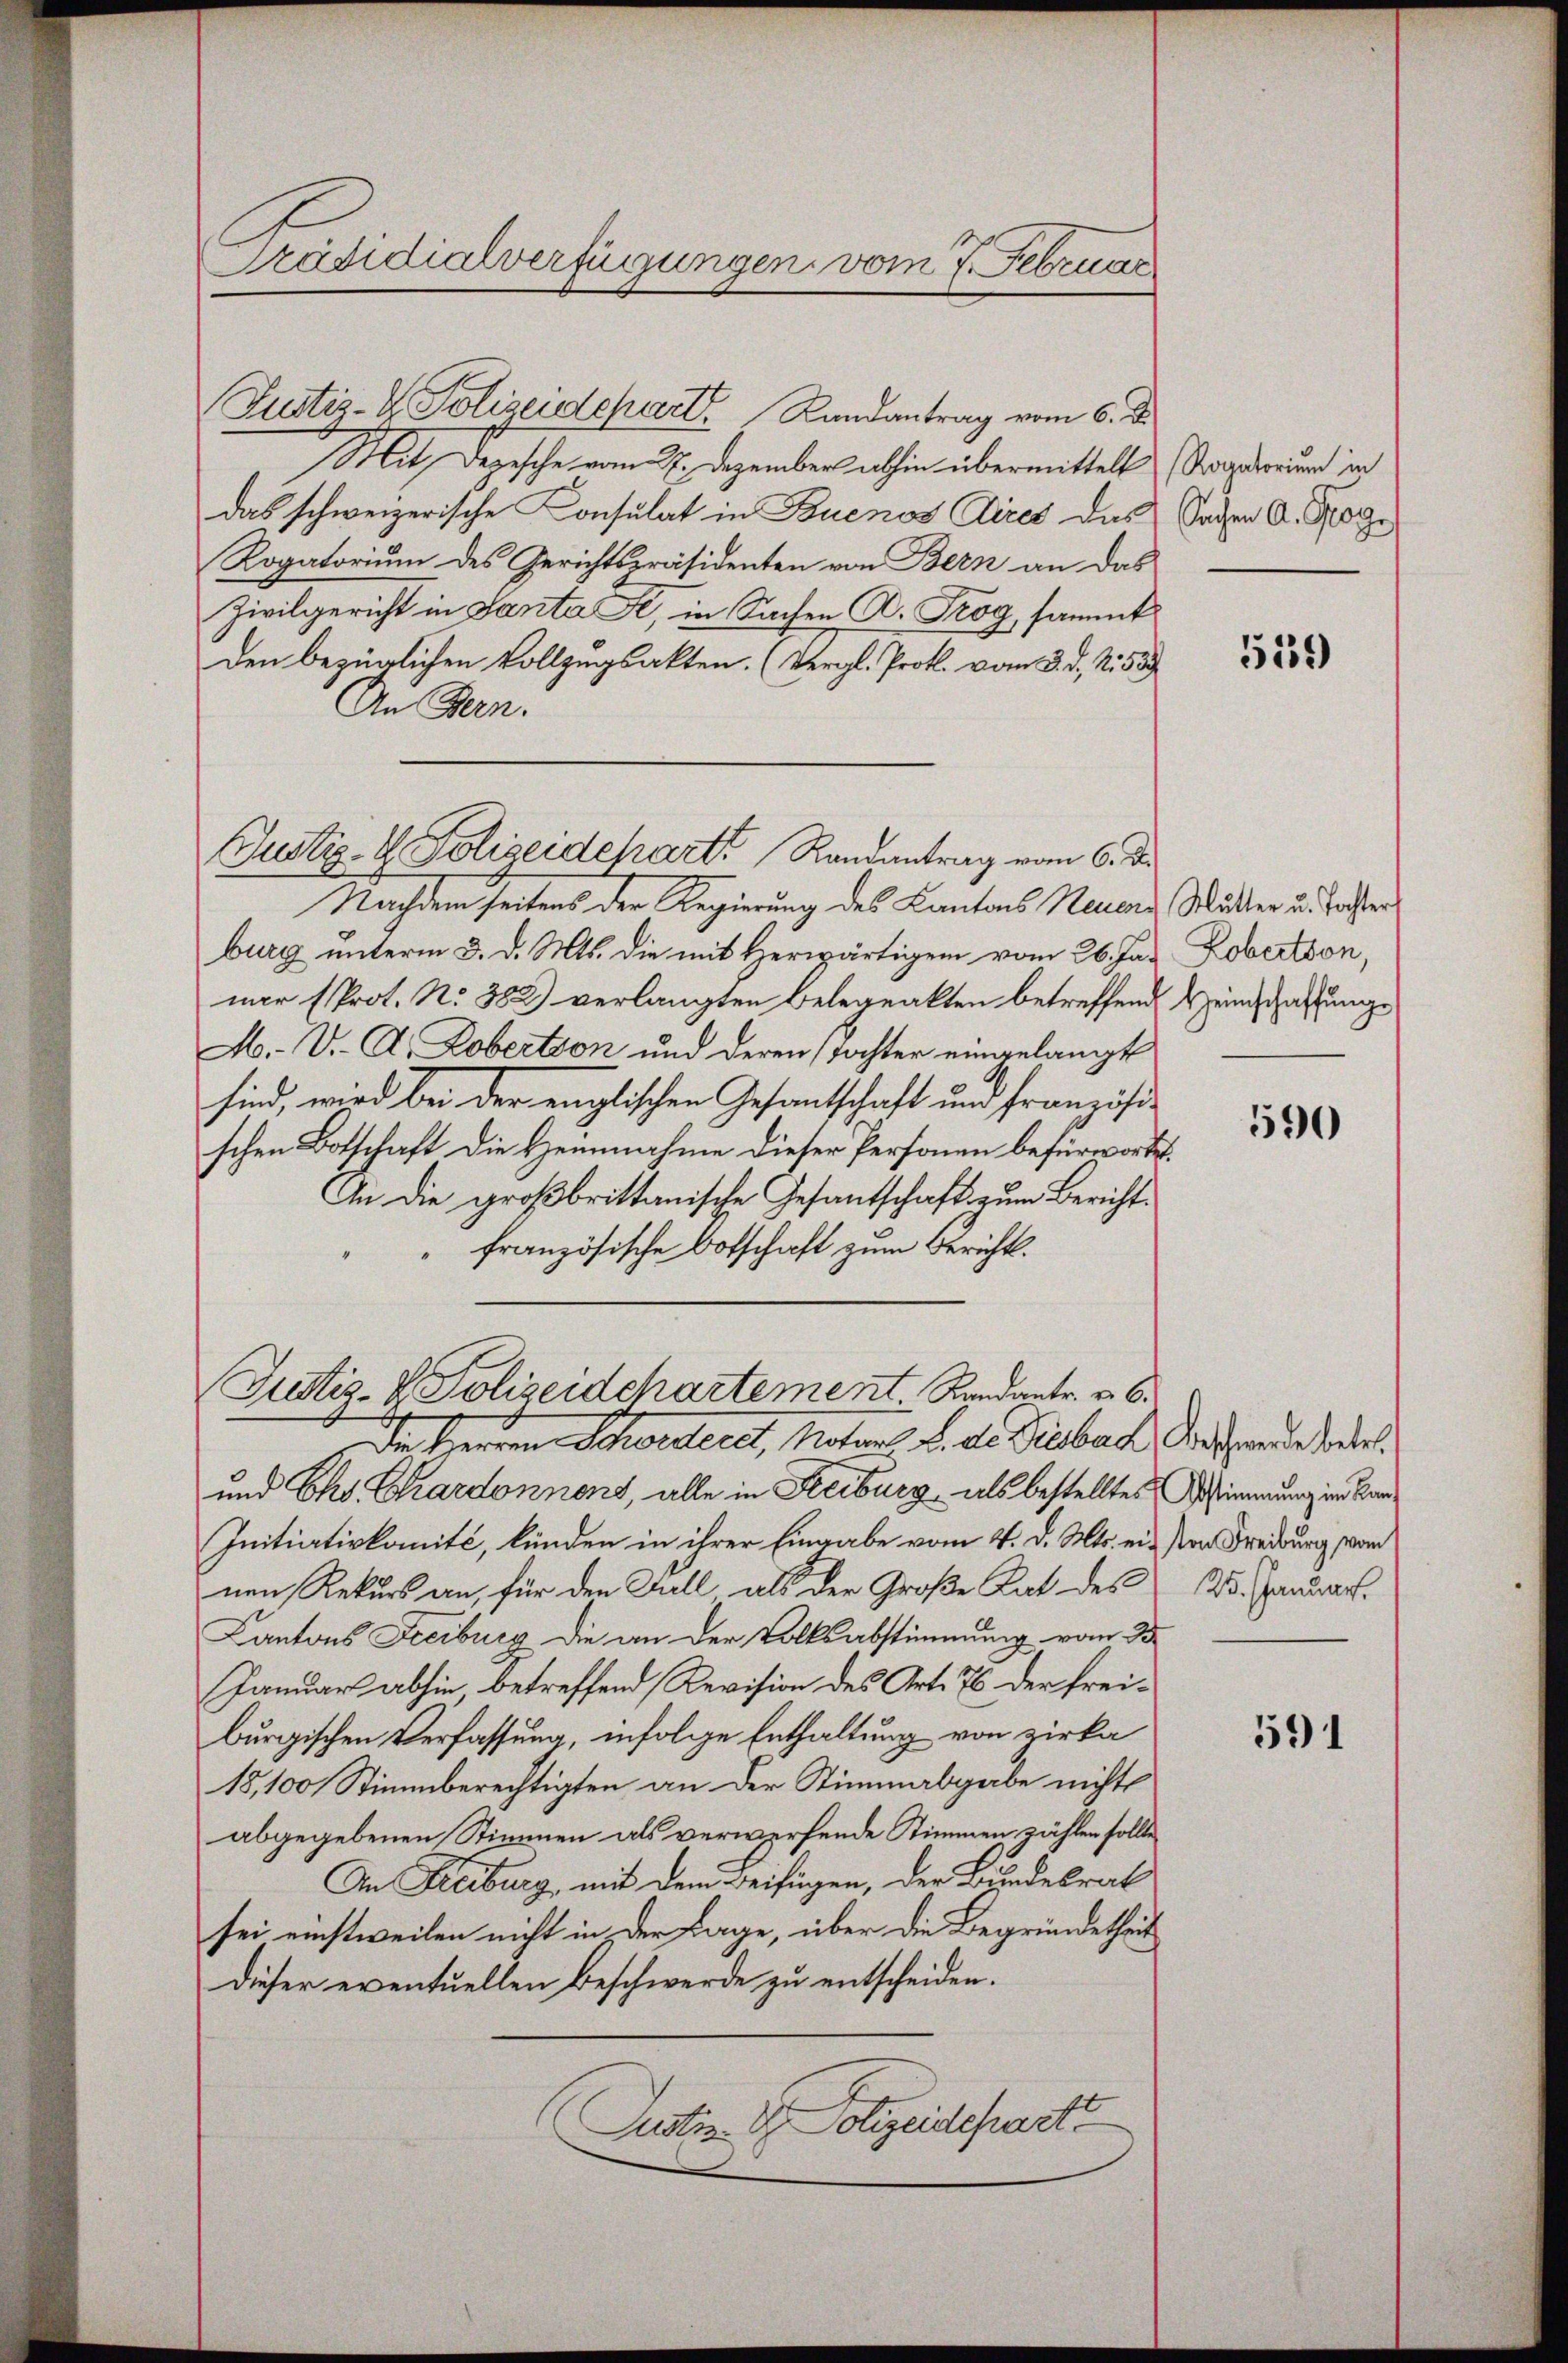
Präsidialverfügungen vom 7. Februar

Mit Depesche vom 27. Dezember abhin übermittelt (Sogetreuer in
das schweizerische Consulat in Buenos Aires das Sachen A. Roge
Rogatorium des Gerichtspräsidenten von Bern an das
Zivilgericht in Santa Fr, in Sachen D. Prog, sammt
den bezüglichen Vollzugsakten. (Vergl. Prot. vom 3. d. 2. 58
An Klen.
Justiz- & Polizeidepart Randantrag vom 6. De

Nachdem seitens der Regierung des Kantons Neuere Mutter u. Posterburg unterm 3. d. Mts. die mit Herwärtigem vom 26. Janar (Prot. N. 382) verlangten Belegeakten betreffend
M. V. A. Zobertion und deren (Tochter eingelangt
sind, wird bei der englischen Gesandtschaft und Französischen Botschaft die Heinnahme dieser Personen befürwortet.
An die großbrittanische Gesantschaft zum Bericht.
französische Botschaft zum Berichts¬
Die Herren Schwedert, Notar d. d. Beiber das Hande beide
und Chs Chardonnens, alle in Freiburg, als bestelltes Bestimmung in Bar¬
Initiativkomité, lünden in ihrer Eingabe vom 4. d. Mts. ein von Freiburg vom
nen Rekurs an, für den Fall als der Große Rat des Dr. Januar.
Cantons Freiburg die an der Volksabstimmung vom 3.
Januar abhin betreffend Revision des Art. 76 der freiburgischen Verfassung, infolge Enthaltung von zirka
18,100 Stimmberechtigten an der Stimmabgabe nicht
abgegebenen Stimmen als verwerfende Stimmen zählen sollte
An Freiburg, mit dem Beifügen, der Bundesrat
sei einstweilen nicht in der Lage, über die Begründetheit
dieser eventuellen Beschwerde zu entscheiden.
Justiz & Polizeidecharte

Justiz- & Polizeidepart Randantrag vom 6. D

Justiz- & Polizeidchartement Randantr. v. 6.

559

Kobertion,
Heimschaffung

590

591